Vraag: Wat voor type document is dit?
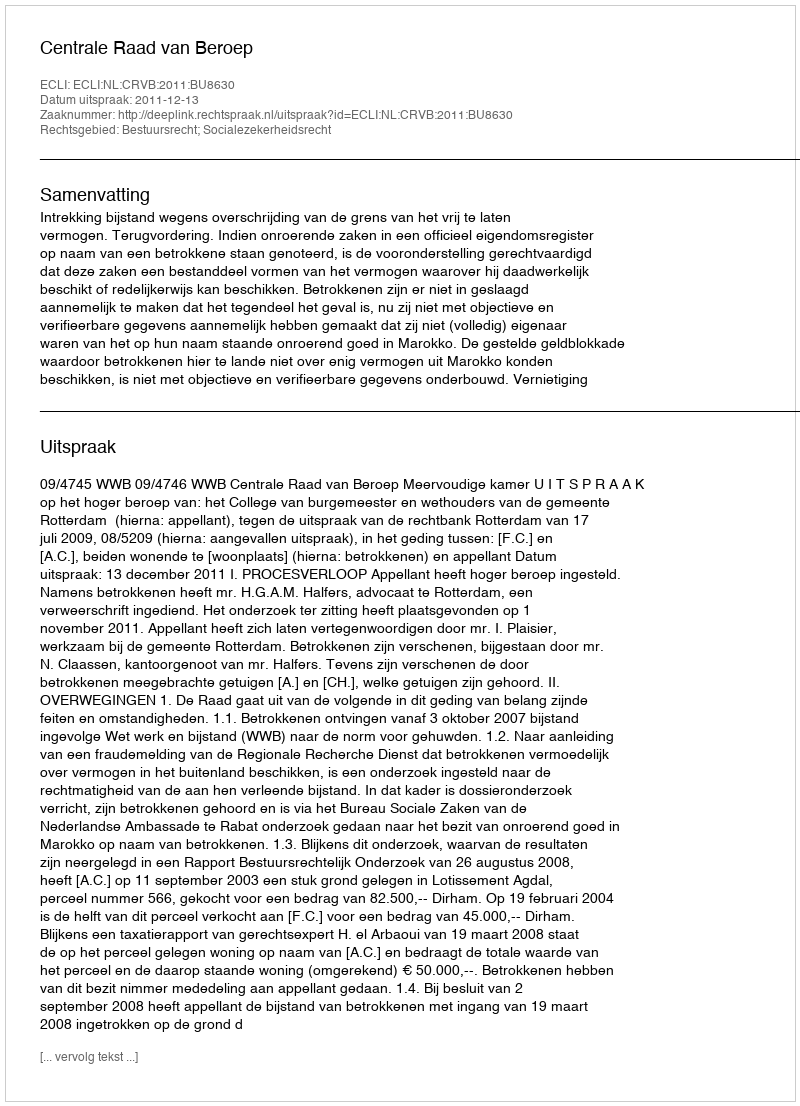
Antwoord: Uitspraak